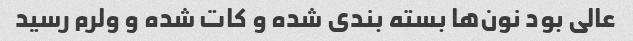
عالی بود نون‌ها بسته بندی شده و کات شده و ولرم رسید